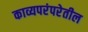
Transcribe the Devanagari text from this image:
काव्यपरंपरेतील